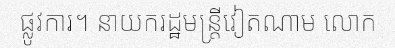
ផ្លូវការ។ នាយករដ្ឋមន្ត្រីវៀតណាម លោក